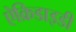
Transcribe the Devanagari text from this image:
ऐक्रिडाइडी